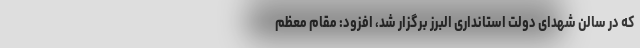
که در سالن شهدای دولت استانداری البرز برگزار شد، افزود: مقام معظم